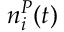
n _ { i } ^ { P } ( t )